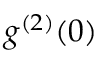
g ^ { ( 2 ) } ( 0 )